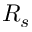
R _ { s }